Punjab Mental Hospital Lahore 1922-31 - 1922-1931
Year: 1922
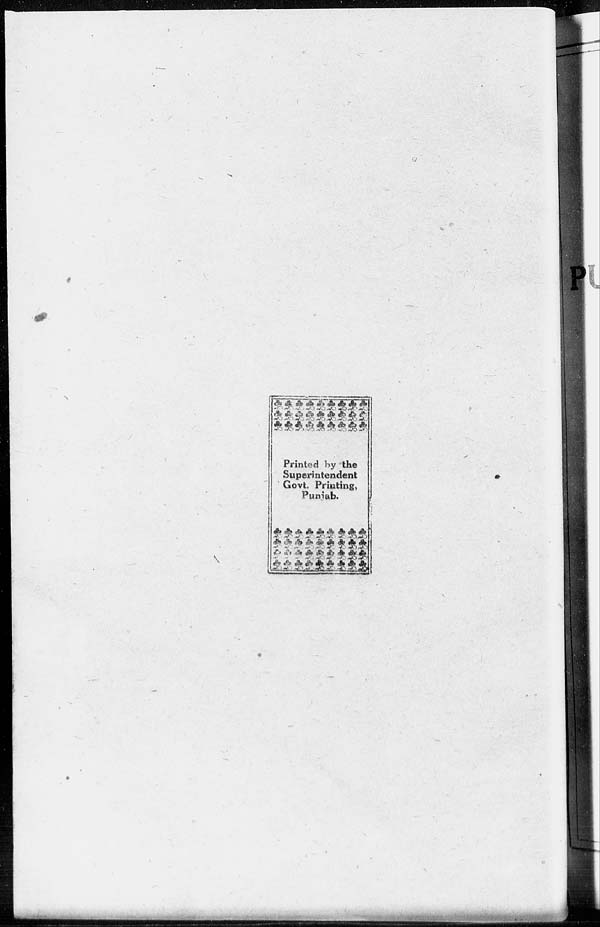
Printed by the
Superintendent
Govt. Printing,
Punjab.